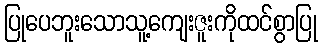
ပြုပေဘူးသောသူ့ကျေးဇူးကိုထင်စွာပြု